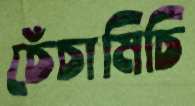
চেঁচামিচি